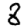
Digit: 8